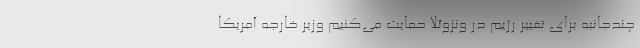
چندجانبه برای تغییر رژیم در ونزوئلا حمایت می‌کنیم وزیر خارجه آمریکا